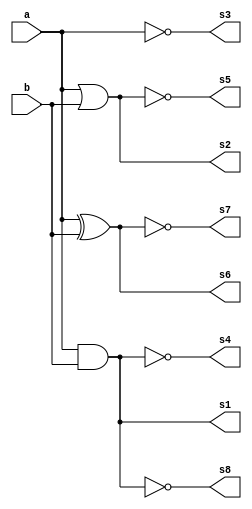
module portasLogicas(
	input [2:0] a,b,
	output [2:0] s1,s2,s3,s4,s5,s6,s7,
	output s8
);

assign s1 = a & b;
assign s2 = a | b;
assign s3 = ~a;
assign s4 = ~(a & b);
assign s5 = ~(a | b);
assign s6 = a ^ b;
assign s7 = ~(a ^ b);
assign s8 = !(a & b);

endmodule